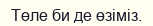
Төле би де өзіміз.